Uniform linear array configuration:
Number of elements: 12
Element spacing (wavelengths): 0.75
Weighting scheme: hann
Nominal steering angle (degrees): -30
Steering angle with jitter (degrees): -31.891
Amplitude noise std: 0.05
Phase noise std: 0.05

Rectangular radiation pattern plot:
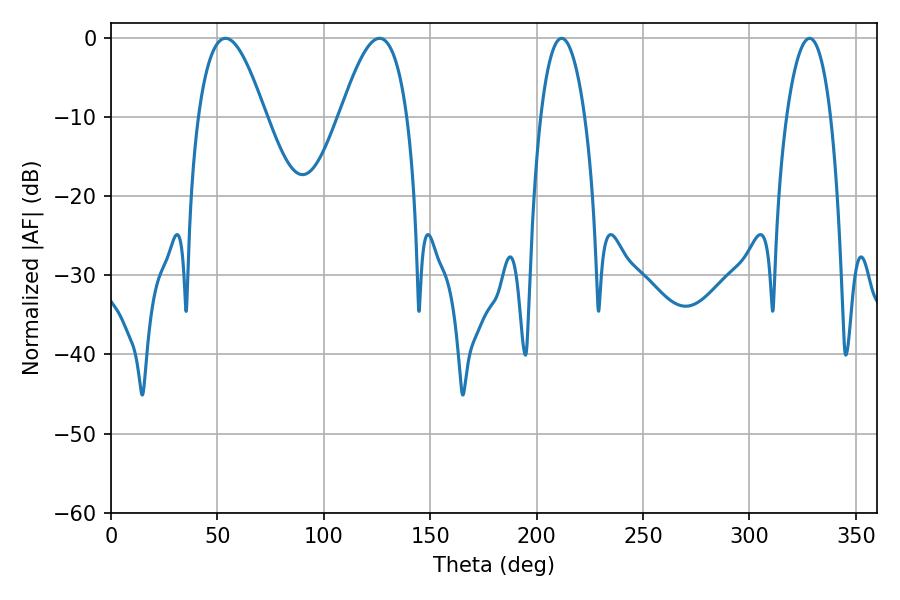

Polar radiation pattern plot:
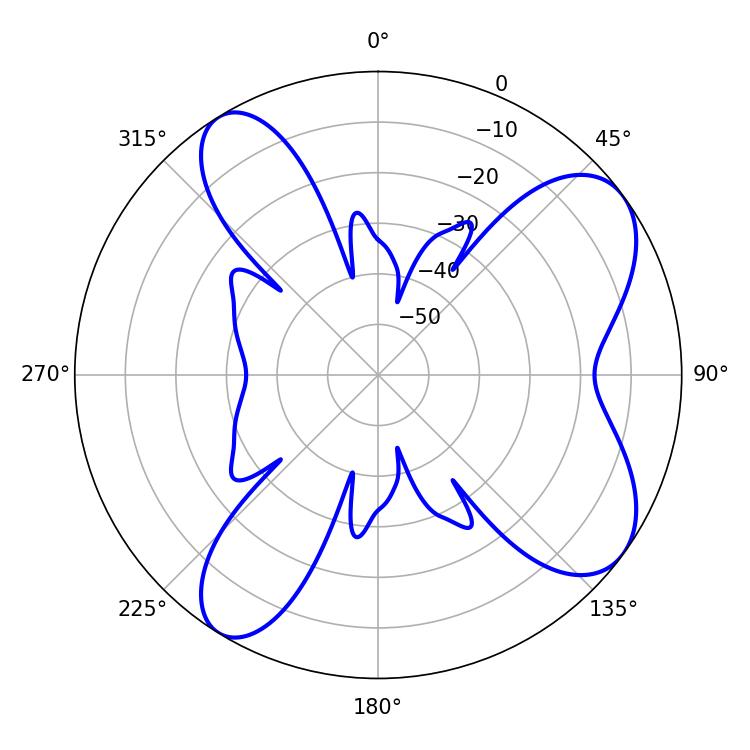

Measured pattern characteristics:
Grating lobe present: TRUE
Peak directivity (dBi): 8.03
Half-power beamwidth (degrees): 17.1
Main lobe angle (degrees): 53.82